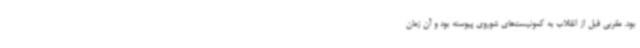
بود. مقربی قبل از انقلاب به کمونیست‌های شوروی پیوسته بود و آن زمان